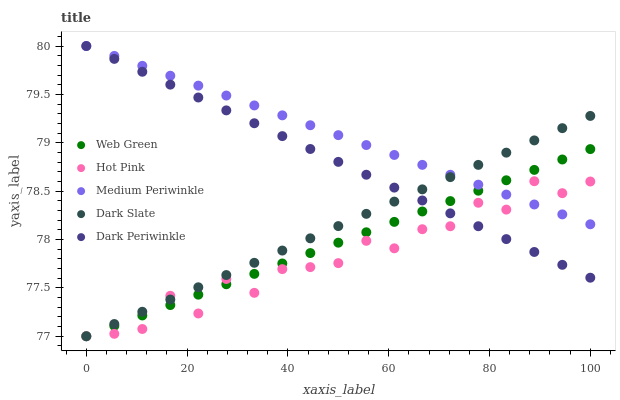
| xaxis_label | Web Green | Hot Pink | Medium Periwinkle | Dark Slate | Dark Periwinkle |
 | --- | --- | --- | --- | --- | --- |
 | 0 | 77 | 77 | 80 | 77 | 80 |
 | 5.56 | 77.1 | 77 | 79.9 | 77.1 | 79.9 |
 | 11.1 | 77.2 | 77.1 | 79.8 | 77.3 | 79.7 |
 | 16.7 | 77.3 | 77.4 | 79.7 | 77.4 | 79.6 |
 | 22.2 | 77.4 | 77.2 | 79.6 | 77.5 | 79.5 |
 | 27.8 | 77.5 | 77.6 | 79.5 | 77.6 | 79.3 |
 | 33.3 | 77.6 | 77.4 | 79.4 | 77.8 | 79.2 |
 | 38.9 | 77.8 | 77.7 | 79.3 | 77.9 | 79.1 |
 | 44.4 | 77.9 | 77.7 | 79.2 | 78 | 78.9 |
 | 50 | 78 | 77.8 | 79.1 | 78.1 | 78.8 |
 | 55.6 | 78.1 | 78 | 79 | 78.3 | 78.7 |
 | 61.1 | 78.2 | 77.9 | 78.9 | 78.4 | 78.5 |
 | 66.7 | 78.3 | 78.1 | 78.8 | 78.5 | 78.4 |
 | 72.2 | 78.4 | 78.1 | 78.7 | 78.6 | 78.3 |
 | 77.8 | 78.5 | 78.4 | 78.6 | 78.8 | 78.1 |
 | 83.3 | 78.6 | 78.3 | 78.5 | 78.9 | 78 |
 | 88.9 | 78.7 | 78.6 | 78.4 | 79 | 77.9 |
 | 94.4 | 78.8 | 78.5 | 78.3 | 79.2 | 77.7 |
 | 100 | 78.9 | 78.6 | 78.2 | 79.3 | 77.6 |